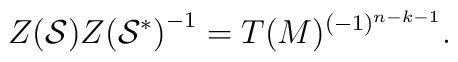
{Z({\cal S})}{Z({\cal S}^*)}^{-1} = T(M)^{(-1)^{n-k-1}}.